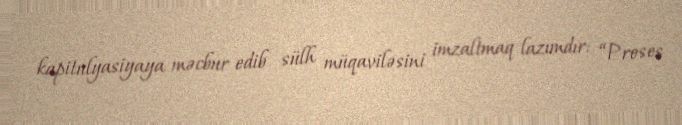
kapitulyasiyaya məcbur edib sülh müqaviləsini imzaltmaq lazımdır: “Proses